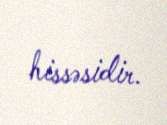
hissəsidir.